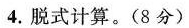
4.脱式计算。(8分)